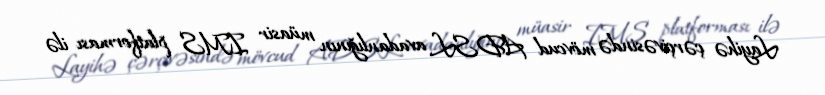
Layihə çərçivəsində mövcud ADSL avadanlığının müasir IMS platforması ilə